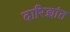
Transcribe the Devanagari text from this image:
दारिद्र्यांत